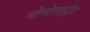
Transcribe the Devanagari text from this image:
मोनोनाइट्रेट